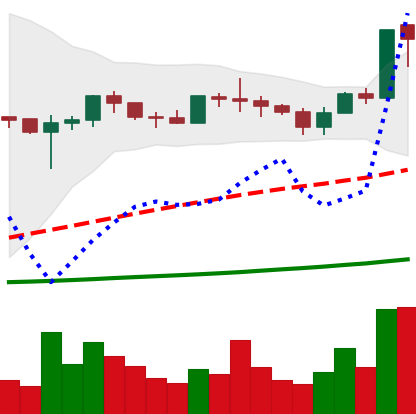
Ticker: ADA-USD
Chart end date: 2020-07-02
Forward return: 24.625%
Label: up_7plus